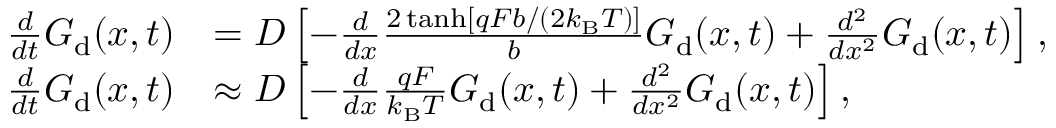
\begin{array} { r l } { \frac { d } { d t } G _ { \mathrm { d } } ( x , t ) } & { = D \left[ - \frac { d } { d x } \frac { 2 \operatorname { t a n h } [ q F b / ( 2 k _ { \mathrm { B } } T ) ] } { b } G _ { \mathrm { d } } ( x , t ) + \frac { d ^ { 2 } } { d x ^ { 2 } } G _ { \mathrm { d } } ( x , t ) \right] , } \\ { \frac { d } { d t } G _ { \mathrm { d } } ( x , t ) } & { \approx D \left[ - \frac { d } { d x } \frac { q F } { k _ { \mathrm { B } } T } G _ { \mathrm { d } } ( x , t ) + \frac { d ^ { 2 } } { d x ^ { 2 } } G _ { \mathrm { d } } ( x , t ) \right] , } \end{array}